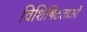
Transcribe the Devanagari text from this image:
विशिषिटताओं